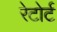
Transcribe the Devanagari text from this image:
रेटोर्ट